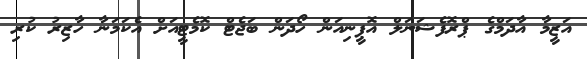
އަޒީމާ އާދަމްގެ ޕްރޮފެޝަނަލް އޮޕީނިއަން ހޯދަން ބަޖެޓް ކޮމެޓީއަށް އެކަމަނާ ހާޒިރު ކުރި